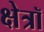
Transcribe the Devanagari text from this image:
क्षेत्रॉ